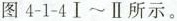
图4-1-4Ⅰ~Ⅱ所示。